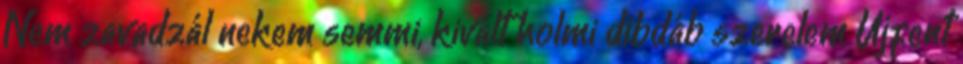
Nem zavadzál nekem semmi, kivált holmi dibdáb szerelem Újfent